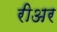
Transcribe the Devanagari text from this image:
रीअर